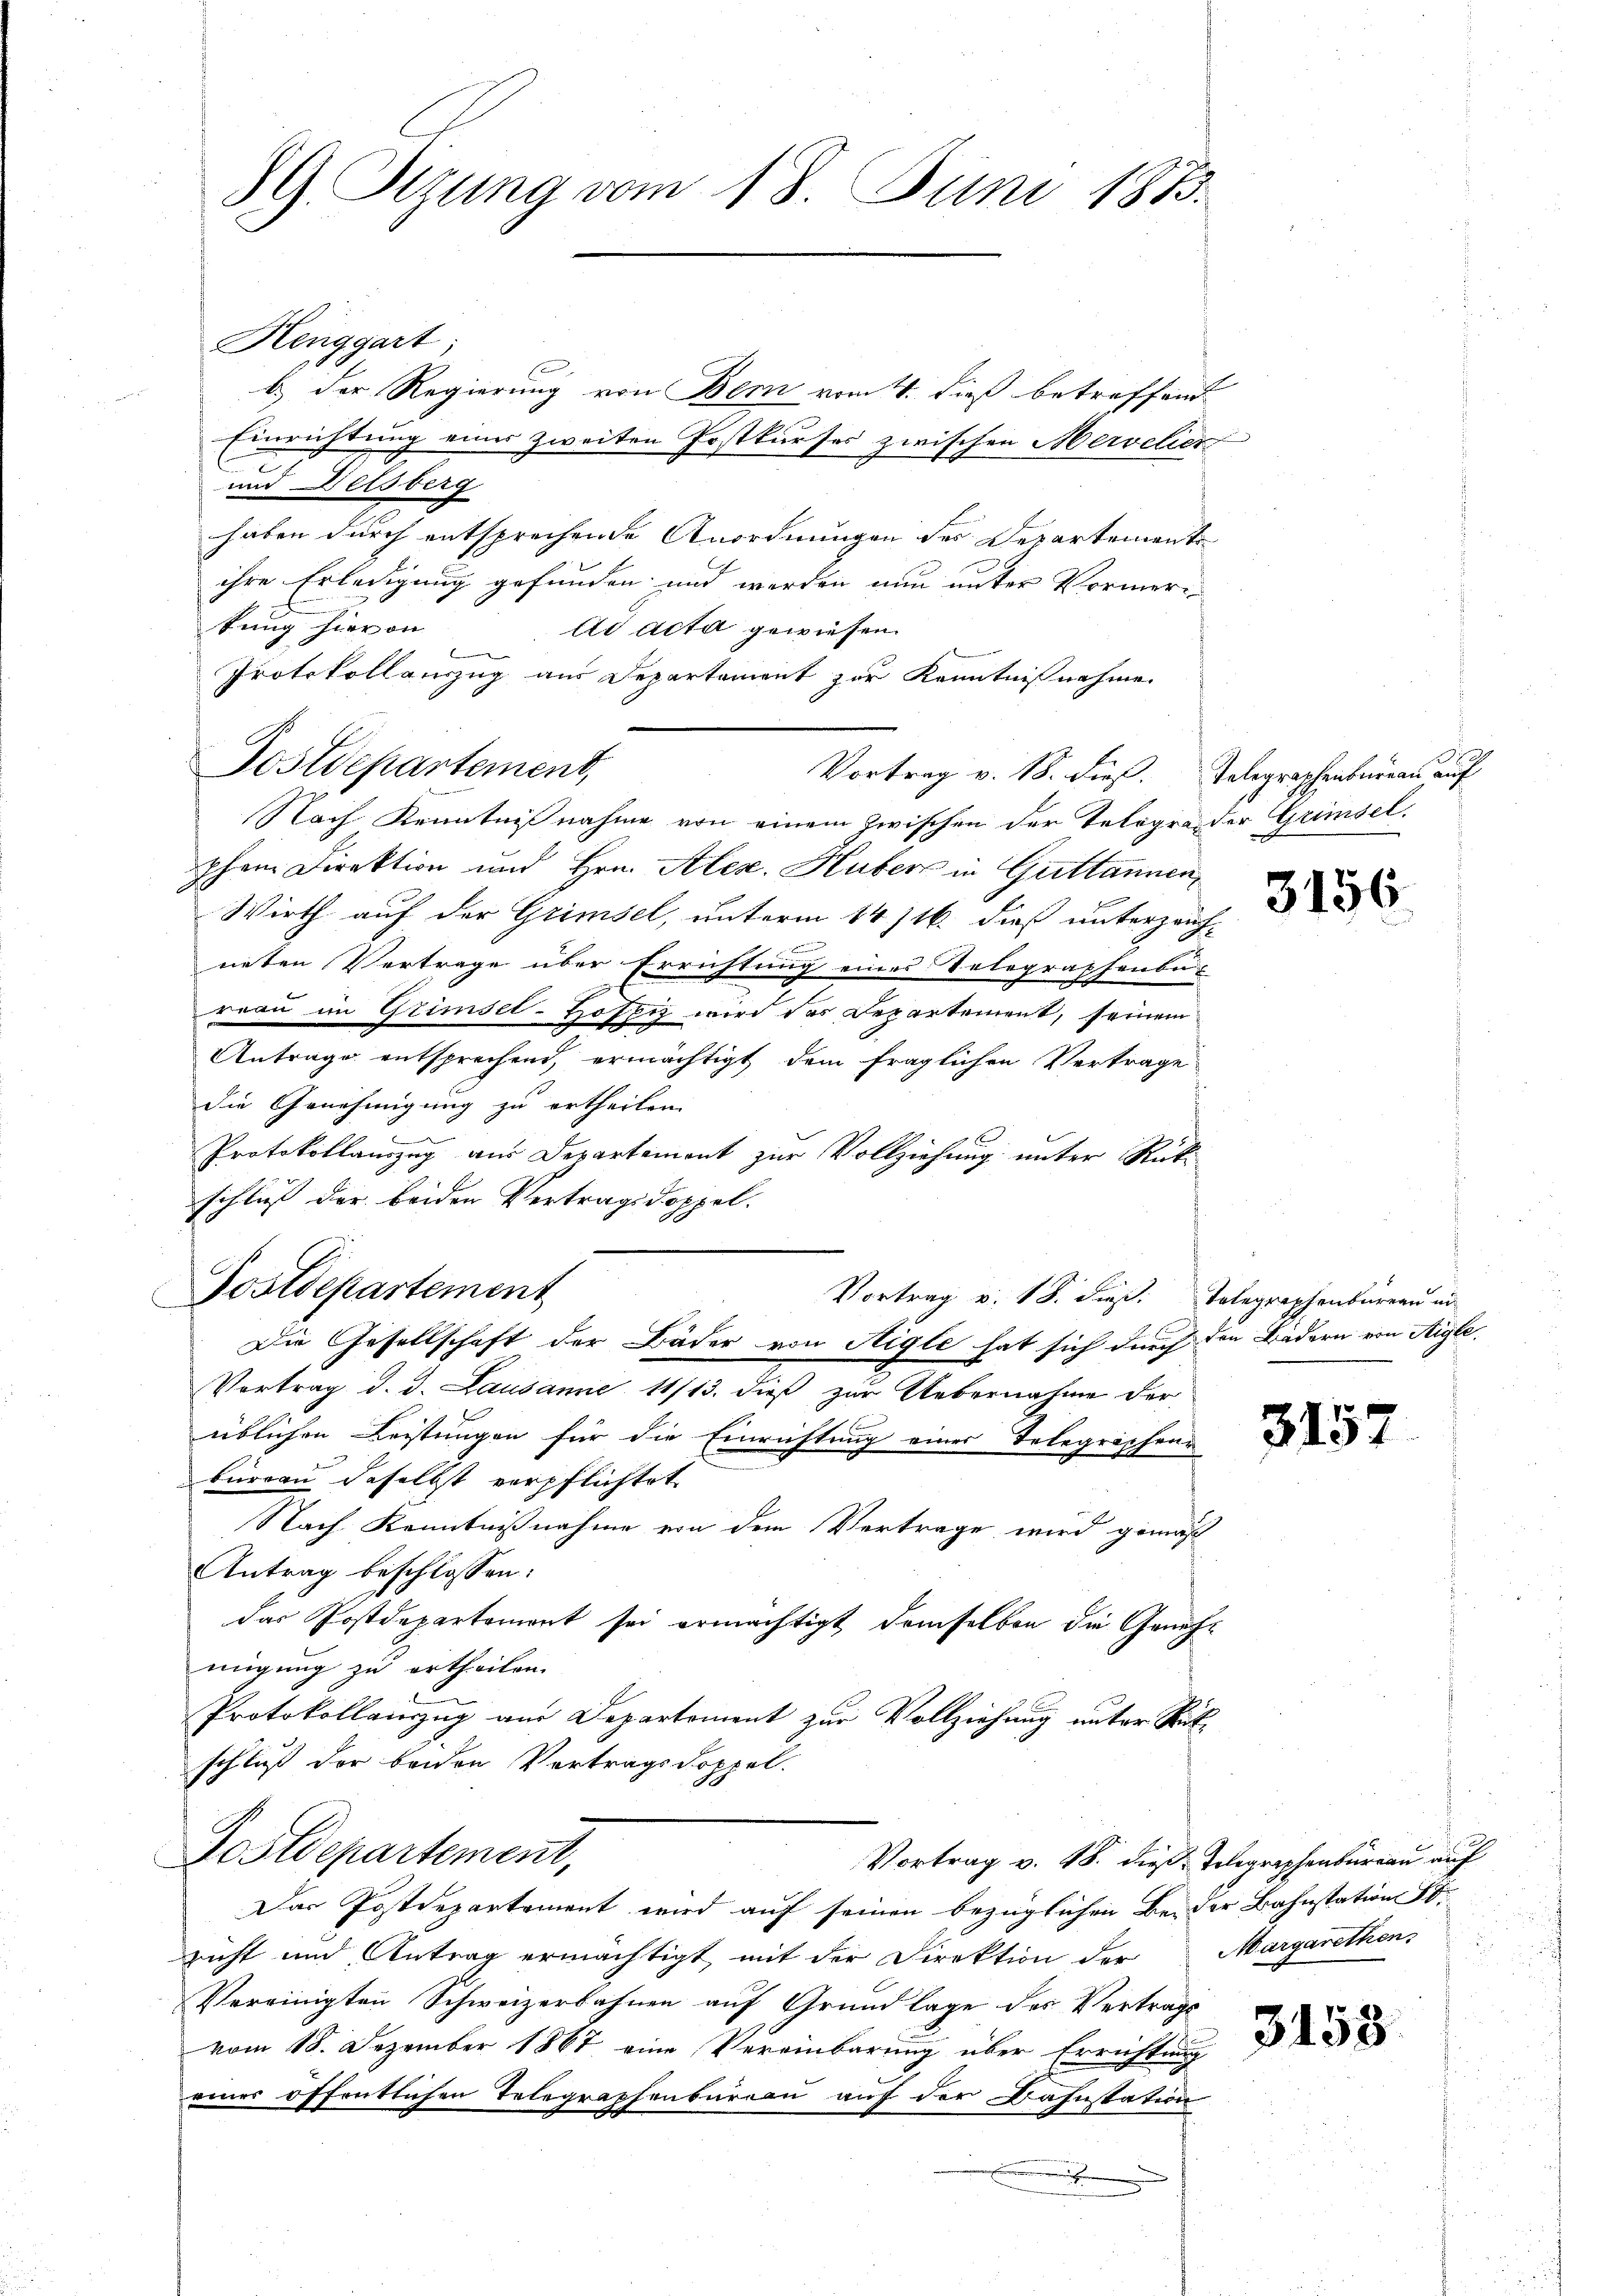
89 Sizung vom 18. Juni 1873.

Kenggart;
b.) Der Regierung von Bern vom 4. dieß betreffend
Einrichtung einer zweiten Postkurses zwischen Mervelier
und Delsberg
haben durch entsprechende Anordnungen der Departemente
ihre Erledigung gefunden und werden nun unter Vormeritung hievon
ad acta gewiesen.

Protokollanzug aus Departement zur Kenntnisnahme
Postdepartement,
Vortrag v. 18. dieß. Telegraphenbureau auf
Nach Kenntnißnahme von einem zwischen der Telegra der Grimsel
phen Direktion und Hrn. Alex. Huber in Grittannen,
Wirth auf der Grimsel, unterm 14/16. dieß unterzeich-
neten Vertrage über Errichtung eines Telegraphenbur
reau im Grimsel-Hofzi wird das Departement, seinem
Antrage entsprechend, ermächtigt dem fraglichen Vertrage
die Genehmigung zu ertheilen.
Protokollauszug aus Departement zur Vollziehung unter Rück-
schluß der beiden Vertragsdoppel.
Postdepartement
Vortrag v. 18. daß. Telegraphenbureau in
Die Gesellschaft der Bäder von Aigle hat sich durch den Bädern von Aigle,
Vortrag d. d. Lausanne 11/13. dieß zur Uebernahme der
üblichen Leistungen für die Einrichtung einer Telegraphenr
büreau daselbst verpflichtet
Nach Kenntnißnahme von dem Vertrage wird gemäß
Antrag beschlossen:
das Postdepartement sei ermächtigt, demselben die Genehmigung zu ertheilen.
Protokollauszug aus Departoment zur Vollziehung unter Sitschluß der beiden Vertragsdoppel.
Fostdepartement,
Vortrag v. 18. dieß: Telegraphenburgau auf
Das Postdepartement wird auf seinen bezüglichen Bei der Bahnstations St.
zecht und Antrag ermächtigt, mit der Direktion der Margarethens
Vereinigten Schweizerbahnen auf Grundlage des Vertrags
vom 18. Dezember 1867 eine Vereinbarung über Errichtung
einer öffentlichen Telegraphenbureau auf der Bahnstation
.

3156

315.

3153